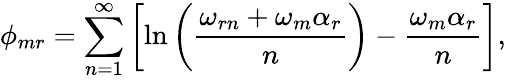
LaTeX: \phi_{mr}=\sum_{n=1}^{\infty}\left[\ln\left(\frac{\omega_{rn}+\omega_{m}\alpha_{r}}{n}\right)-\frac{\omega_{m}\alpha_{r}}{n}\right],